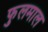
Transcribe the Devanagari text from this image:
फुलमाल